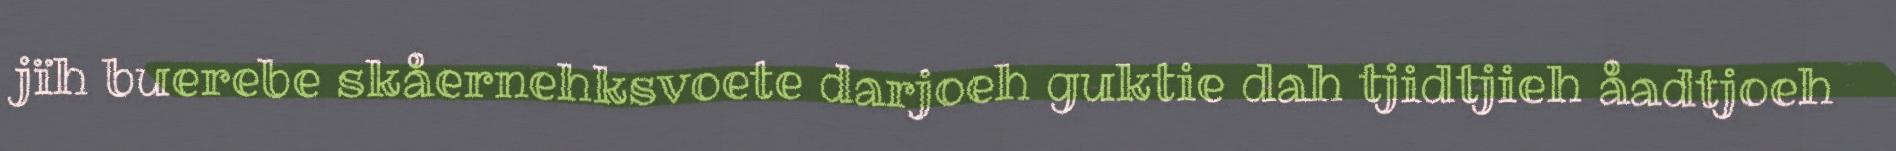
jïh buerebe skåernehksvoete darjoeh guktie dah tjidtjieh åadtjoeh